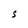
Character: S